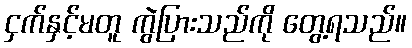
ငှက်နှင့်မတူ ကွဲပြားသည်ကို တွေ့ရသည်။